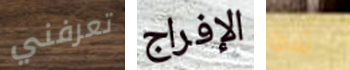
تعرفني الإفراج شئ